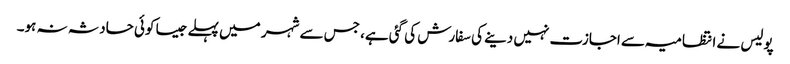
پولیس نے انتظامیہ سے اجازت نہیں دینے کی سفارش کی گئی ہے، جس سے شہر میں پہلے جیسا کوئی حادثہ نہ ہو۔